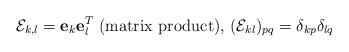
LaTeX: \begin{align*}\mathcal{E}_{k,l}=\mathbf{e}_{k}\mathbf{e}_{l}^{T}\text{ (matrix product),\ }(\mathcal{E}_{kl})_{pq}=\delta_{kp}\delta_{lq} \end{align*}